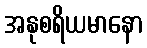
အနုစရိယမာနော